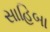
સાહિબા